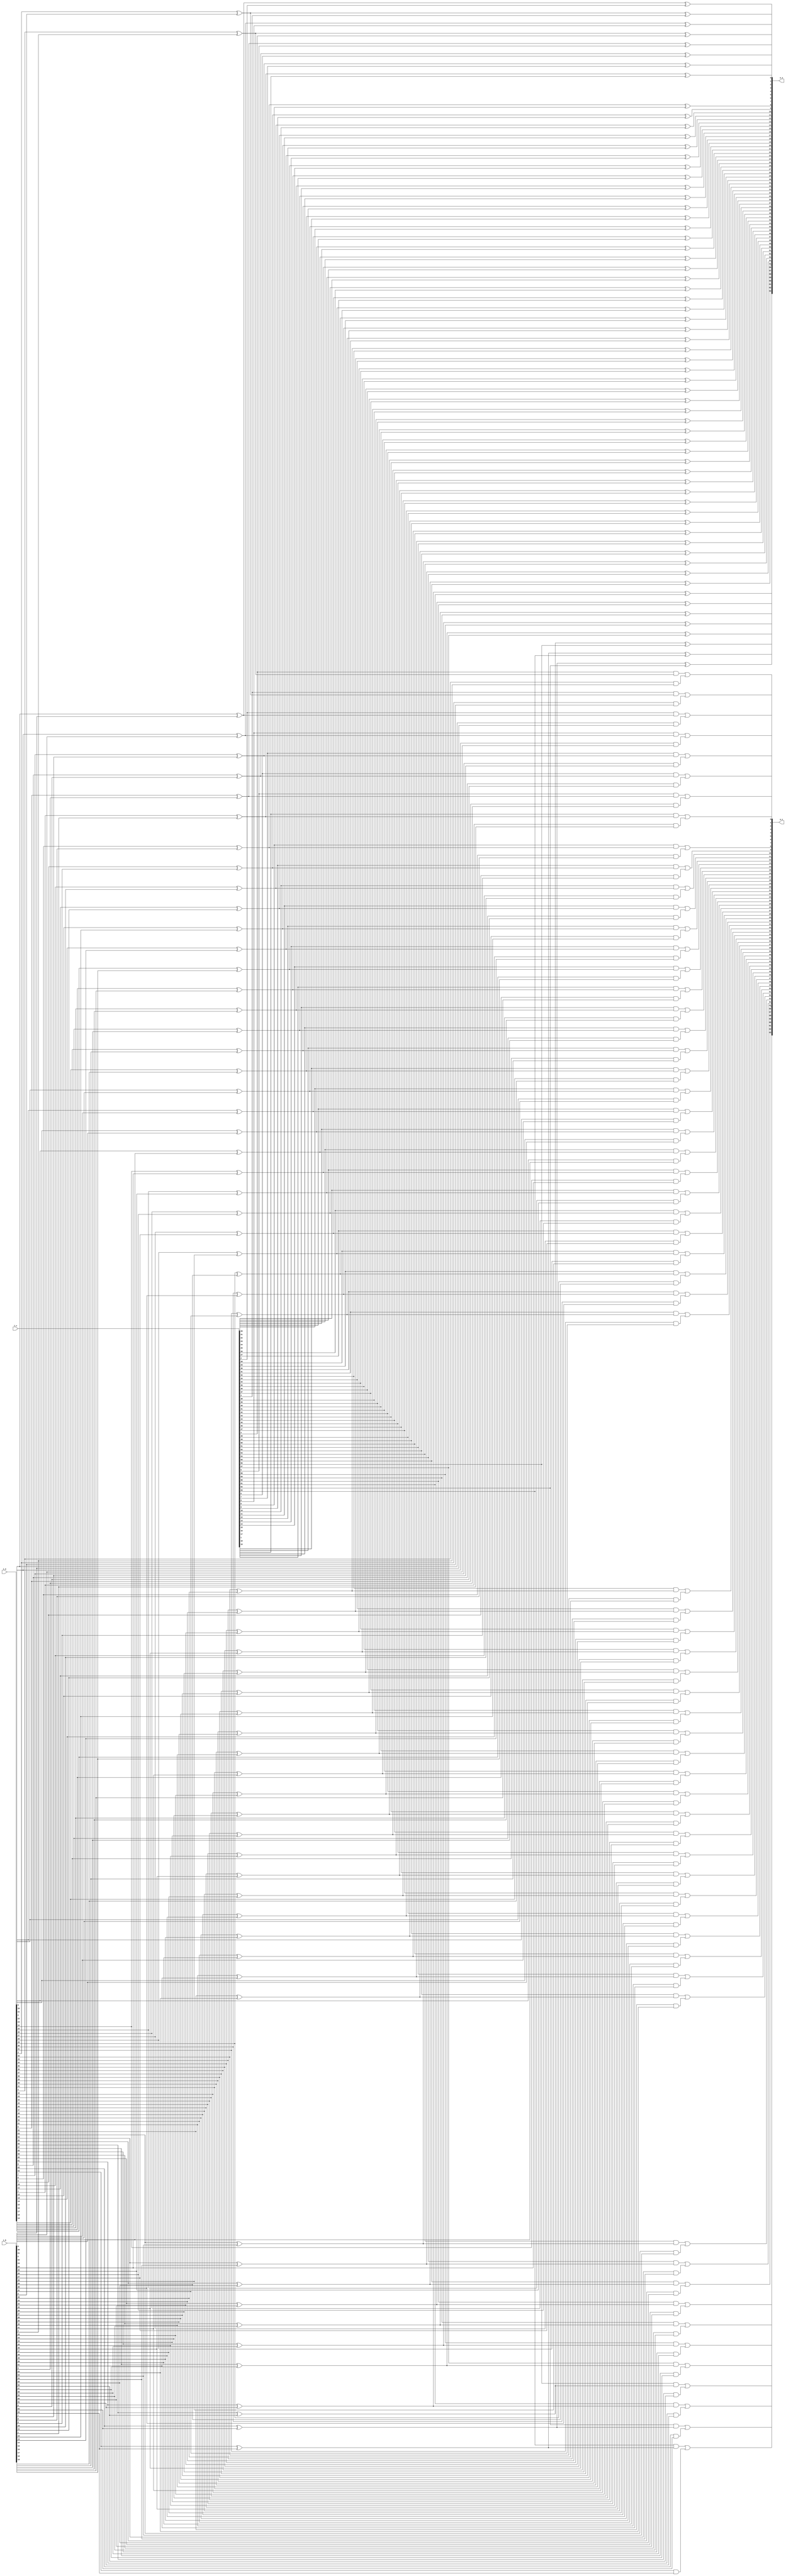
module csa_nbit #(
	parameter N = 64
)(
	input		[N-1:0] i_a,
	input		[N-1:0] i_b,
	input		[N-1:0] i_c,
	output wire [N-1:0] o_s,	// sum
	output wire [N-1:0] o_c		// count
);

	wire [N-1:0] p;
	wire [N-1:0] g;

	genvar i;
	generate
		for (i = 0; i < N; i = i+1) begin: csa
			assign g[i] = i_a[i] & i_b[i];
			assign p[i] = i_a[i] ^ i_b[i];
			assign o_s[i] = p[i] ^ i_c[i];
			assign o_c[i] = i_c[i] & p[i] | g[i];
		end
	endgenerate

endmodule